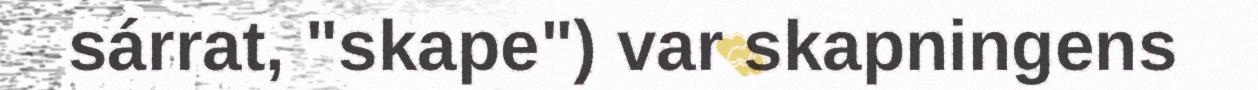
sárrat, "skape") var skapningens